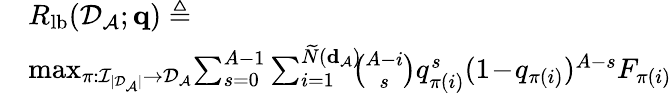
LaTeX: \begin{array}{rl}{\! \! \! }&{R_{\mathrm{lb}}({\cal D}_{\cal A};{\mathbf q})\triangleq}\\ {\! \! \! \! }&{\operatorname*{max}_{\pi:{\cal I}_{|{\cal D}_{\cal A}|}\rightarrow{\cal D}_{\cal A}}\! \sum_{s=0}^{A-1}\sum_{i=1}^{\widetilde{N}({\mathbf d}_{\cal A})}\! \! \! \binom{A-i}{s}q_{\pi(i)}^{s}(1\! -\! q_{\pi(i)})^{A-s}F_{\pi(i)}}\end{array}